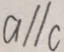
a / / c